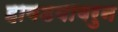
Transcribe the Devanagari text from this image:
हावडयावरुन